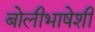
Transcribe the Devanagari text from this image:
बोलीभाषेशी